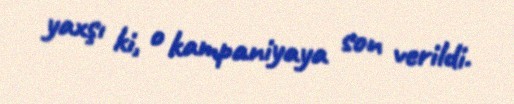
yaxşı ki, o kampaniyaya son verildi.